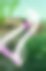
ব